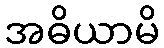
အဓိယာမိ